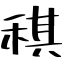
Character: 稘